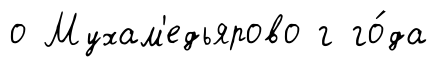
о Мухам'едьярово г го́да